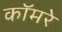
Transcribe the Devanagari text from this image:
कॉमरे